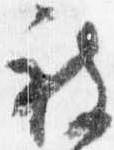
被